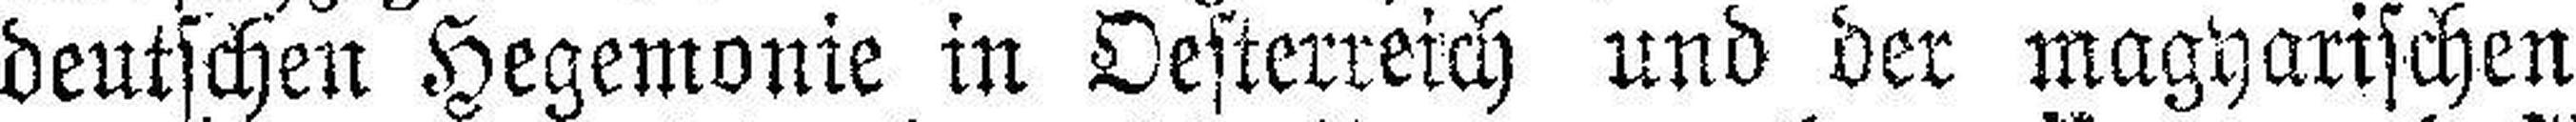
deutschen Hegemonie in Oesterreich und der magyarischen